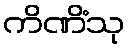
ကိဏိံသု